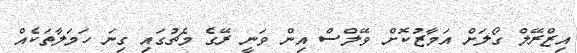
އިޒްރޭލް ގޯލަށް އަމާޒުކޮށް ވޭލްސް އިން ވަނީ ރޭގެ މެޗުގައި ގިނަ ހަމަލާތަކެއް